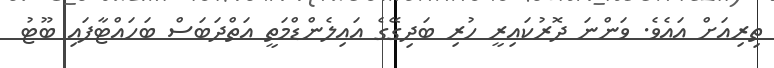
ތިރިއަށް އައެވެ. ވަންނަ ދޮރުކައިރީ ހުރި ބަދިގޭގެ އައިލެންޑްމަތީ އަތްދަބަސް ބަހައްޓާފައި ބޫޓު